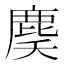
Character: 䴠